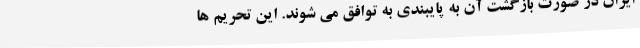
ایران در صورت بازگشت آن به پایبندی به توافق می شوند. این تحریم ها